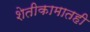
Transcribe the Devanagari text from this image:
शेतीकामातही